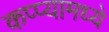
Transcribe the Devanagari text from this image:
कप्प्यामध्ये